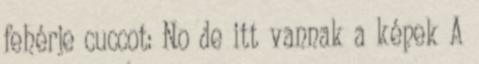
fehérje cuccot: No de itt vannak a képek A